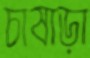
চাষাড়া